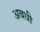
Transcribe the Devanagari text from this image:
अबधी